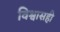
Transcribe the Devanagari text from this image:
विश्वासही